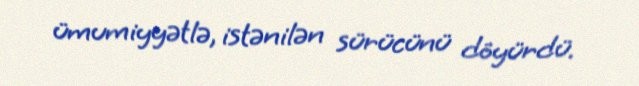
ümumiyyətlə, istənilən sürücünü döyürdü.